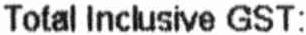
TOTAL INCLUSIVE GST: